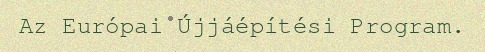
Az Európai Újjáépítési Program.